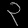
Digit: ၃